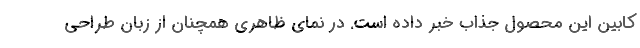
کابین این محصول جذاب خبر داده است. در نمای ظاهری همچنان از زبان طراحی